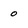
Character: 0